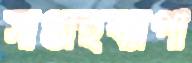
সাপ্তাহব্যাপী